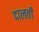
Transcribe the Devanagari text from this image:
दालती